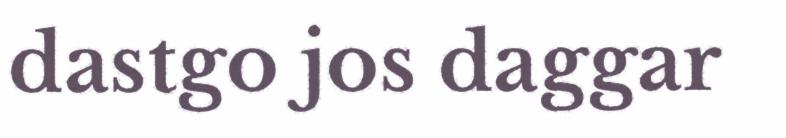
dastgo jos daggar